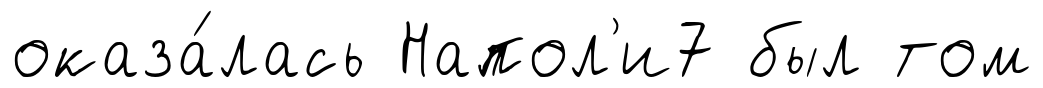
оказа́лась Напол'и7 был том